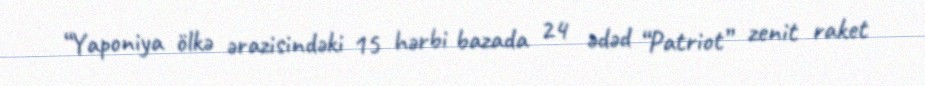
“Yaponiya ölkə ərazisindəki 15 hərbi bazada 24 ədəd “Patriot” zenit raket